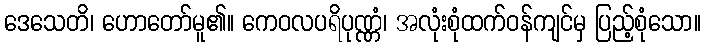
ဒေသေတိ၊ ဟောတော်မူ၏။ ကေဝလပရိပုဏ္ဏံ၊ အလုံးစုံထက်ဝန်ကျင်မှ ပြည့်စုံသော။